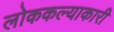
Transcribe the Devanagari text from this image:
लोककल्याकारी